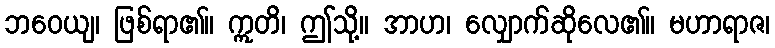
ဘဝေယျ၊ ဖြစ်ရာ၏။ ဣတိ၊ ဤသို့။ အာဟ၊ လျှောက်ဆိုလေ၏။ မဟာရာဇ၊